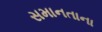
સમાનતાના